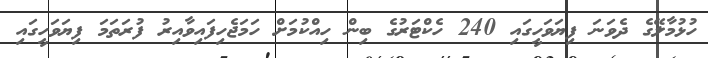
ހުޅުމާލޭގެ ދެވަނަ ފިޔަވަހީގައި 240 ހެކްޓަރުގެ ބިން ހިއްކުމަށް ހަމަޖެހިފައިވާއިރު ފުރަތަމަ ފިޔަވަހީގައި